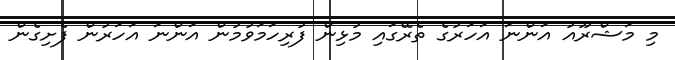
މި މަޝްރޫއު އަންނަ އަހަރުގެ ތެރޭގައި މުޅިން ފުރިހަމަވުމުން އަންނަ އަހަރުން ފެށިގެން